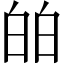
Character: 㿟